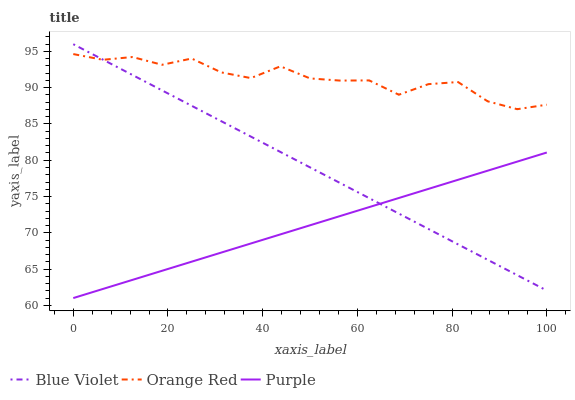
| xaxis_label | Blue Violet | Orange Red | Purple |
 | --- | --- | --- | --- |
 | 0 | 96 | 94.6 | 61 |
 | 6.25 | 93.9 | 93.8 | 62.3 |
 | 12.5 | 91.8 | 94.2 | 63.5 |
 | 18.8 | 89.6 | 93.2 | 64.8 |
 | 25 | 87.5 | 94 | 66 |
 | 31.2 | 85.4 | 92.1 | 67.3 |
 | 37.5 | 83.3 | 91.3 | 68.5 |
 | 43.8 | 81.1 | 92.9 | 69.8 |
 | 50 | 79 | 91.3 | 71 |
 | 56.2 | 76.9 | 91 | 72.3 |
 | 62.5 | 74.8 | 91 | 73.5 |
 | 68.8 | 72.6 | 89 | 74.8 |
 | 75 | 70.5 | 90.5 | 76.1 |
 | 81.2 | 68.4 | 90.8 | 77.3 |
 | 87.5 | 66.3 | 88.1 | 78.6 |
 | 93.8 | 64.2 | 87 | 79.8 |
 | 100 | 62 | 87.7 | 81.1 |